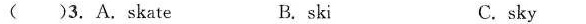
( )3. A.Skate B.ski C. sky